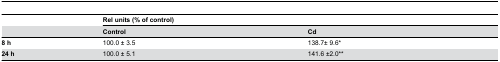
<table><thead><tr><td></td><td colspan="2"><b>Rel units (% of control)</b></td></tr><tr><td></td><td><b>Control</b></td><td><b>Cd</b></td></tr></thead><tbody><tr><td><b>8 h</b></td><td>100.0 ± 3.5</td><td>138.7± 9.6*</td></tr><tr><td><b>24 h</b></td><td>100.0 ± 5.1</td><td>141.6 ±2.0**</td></tr></tbody></table>